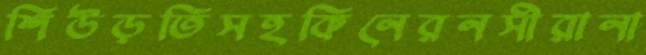
শিউড়তিসহকিনেরনসীরানা